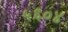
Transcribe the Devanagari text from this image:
५६०४